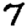
Digit: 7